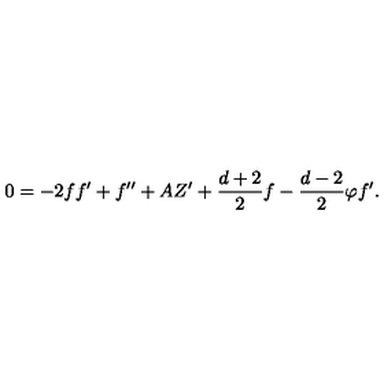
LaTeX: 0 = - 2 f f ^ { \prime } + f ^ { \prime \prime } + A Z ^ { \prime } + \frac { d + 2 } { 2 } f - \frac { d - 2 } { 2 } \varphi f ^ { \prime } .